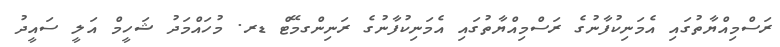
ރަސްމިއްޔާތުގައި އެމަނިކުފާނުގެ ރަސްމިއްޔާތުގައި އެމަނިކުފާނުގެ ރަނިންގމޭޓް ޑރ. މުހައްމަދު ޝަހީމް އަލީ ސައީދު